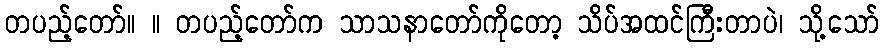
တပည့်တော်။ ။ တပည့်တော်က သာသနာတော်ကိုတော့ သိပ်အထင်ကြီးတာပဲ၊ သို့သော်